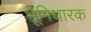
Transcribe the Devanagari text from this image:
भूमिधारक